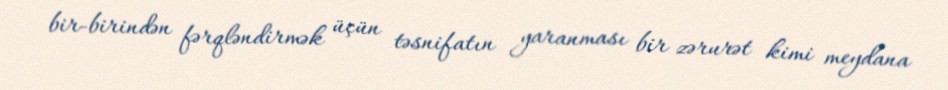
bir-birindən fərqləndirmək üçün təsnifatın yaranması bir zərurət kimi meydana